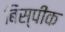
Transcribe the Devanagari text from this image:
बिस्पीक